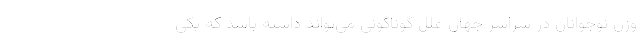
وزن نوجوانان در سراسر جهان علل گوناگونی می‌تواند داشته باشد که یکی